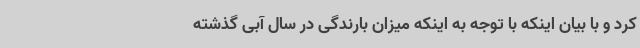
کرد و با بیان اینکه با توجه به اینکه میزان بارندگی در سال آبی گذشته